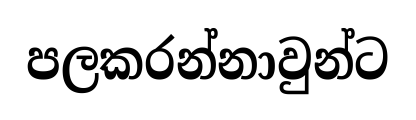
පලකරන්නාවුන්ට